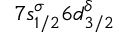
7 s _ { 1 / 2 } ^ { \sigma } 6 d _ { 3 / 2 } ^ { \delta }